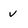
Character: v